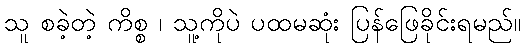
သူ စခဲ့တဲ့ ကိစ္စ ၊ သူ့ကိုပဲ ပထမဆုံး ပြန်ဖြေခိုင်းရမည်။